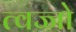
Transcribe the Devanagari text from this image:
त्वज्जो